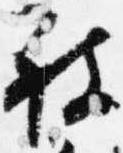
被